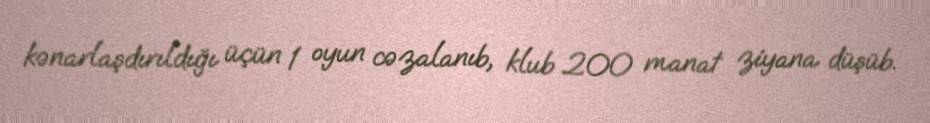
kənarlaşdırıldığı üçün 1 oyun cəzalanıb, klub 200 manat ziyana düşüb.